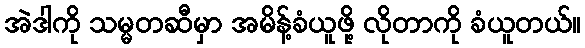
အဲဒါကို သမ္မတဆီမှာ အမိန့်ခံယူဖို့ လိုတာကို ခံယူတယ်။